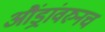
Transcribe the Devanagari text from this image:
औंड्रांवरुनच